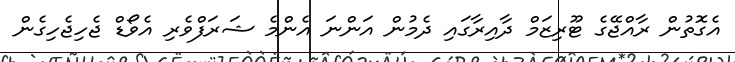
އެގޮތުން ރާއްޖޭގެ ޓޫރިޒަމް ދާއިރާގައި ދެމުން އަންނަ އެންމެ ޝަރަފްވެރި އެވޯޑް ޖެހިޖެހިގެން